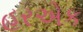
હરએક